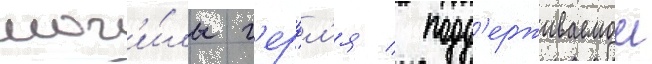
мог'и́лы г'ерцл'я / подд'ерживаемои